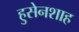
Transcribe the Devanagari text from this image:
हुसेनशाह